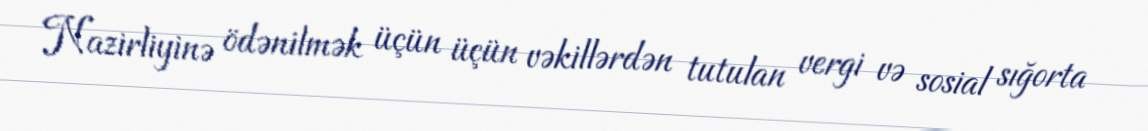
Nazirliyinə ödənilmək üçün üçün vəkillərdən tutulan vergi və sosial sığorta